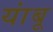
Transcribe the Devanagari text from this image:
यांबू